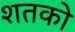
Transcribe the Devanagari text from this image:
शतको